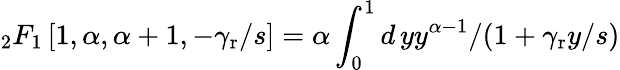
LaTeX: _2F_{1}\left[1,\alpha,\alpha+1,-\gamma_{\mathrm{r}}/s\right]=\alpha\int_{0}^{1}d\, yy^{\alpha-1}/(1+\gamma_{\mathrm{r}}y/s)